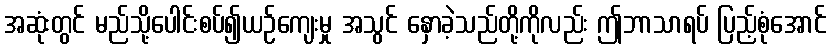
အဆုံးတွင် မည်သို့ပေါင်းစပ်၍ယဉ်ကျေးမှု အသွင် နှောခဲ့သည်တို့ကိုလည်း ဤဘာသာရပ် ပြည့်စုံအောင်